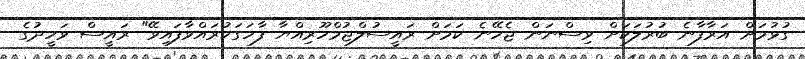
ގުޅުމަށް އަރާފާނެ ބުރުލަކަށް ވިސްނަން ޖެހޭނެ ކަމަށް ރައީސުލްޖުމްހޫރިއްޔާ ފާހަގަކުރައްވާފައިވޭ" ރައީސް ވަހީދުގެ